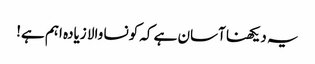
یہ دیکھنا آسان ہے کہ کونسا والا زیادہ اہم ہے!